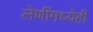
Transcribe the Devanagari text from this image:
लेणींमध्येही